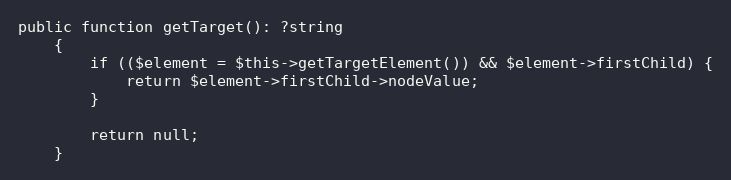
Language: PHP
public function getTarget(): ?string
    {
        if (($element = $this->getTargetElement()) && $element->firstChild) {
            return $element->firstChild->nodeValue;
        }

        return null;
    }